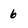
Character: 6